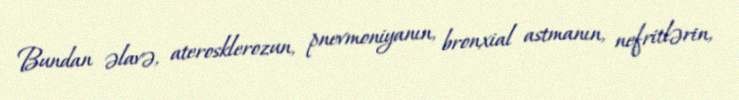
Bundan əlavə, aterosklerozun, pnevmoniyanın, bronxial astmanın, nefritlərin,